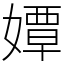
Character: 㜤